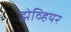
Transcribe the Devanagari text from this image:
झेव्हियर